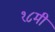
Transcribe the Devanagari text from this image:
१८मी